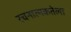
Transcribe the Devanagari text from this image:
रचनात्मकतेला